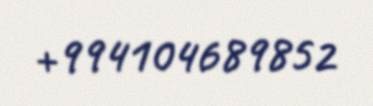
+994104689852